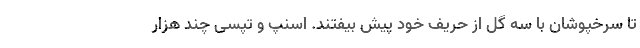
تا سرخپوشان با سه گل از حریف خود پیش بیفتند. اسنپ و تپسی چند هزار